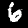
Label: 6